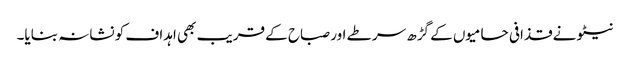
نیٹو نے قذافی حامیوں کے گڑھ سرطے اور صباح کے قریب بھی اہداف کو نشانہ بنایا۔